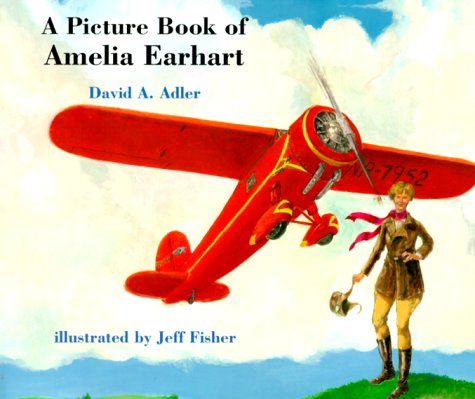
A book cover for A Picture Book of Amelia Earhart (Picture Book Biography); David A. Adler; Children's Books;